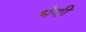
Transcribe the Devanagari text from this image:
भेगी